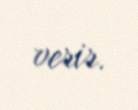
verir.